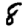
Digit: 8